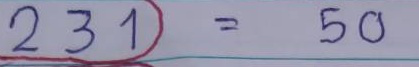
231 = 50